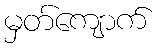
မှတ်ကျောက်